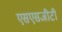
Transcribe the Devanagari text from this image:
एसएसजीटी